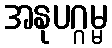
အနုပဂ္ဂမ္မ